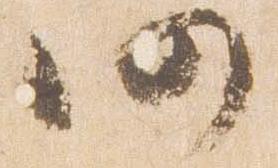
仍